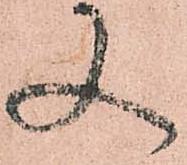
又